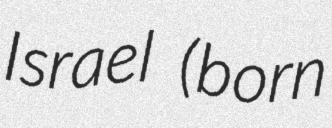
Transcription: Israel (born